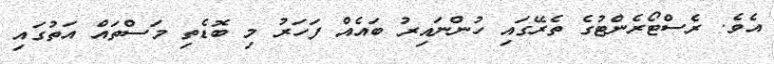
އެވެ. ރެސްޓޯރެންޓުގެ ތެރޭގައި ހުންނައިރު ބައެއް ފަހަރު މި ބޮޑެތި މަސްތައް އަތުގައި